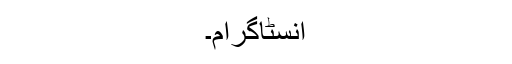
انسٹاگرام۔